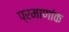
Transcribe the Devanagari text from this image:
प्रमाणांक